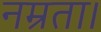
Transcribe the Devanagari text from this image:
नम्रता।